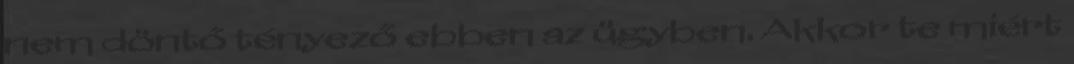
nem döntő tényező ebben az ügyben. Akkor te miért